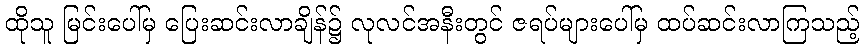
ထိုသူ မြင်းပေါ်မှ ပြေးဆင်းလာချိန်၌ လုလင်အနီးတွင် ဇရပ်များပေါ်မှ ထပ်ဆင်းလာကြသည့်